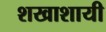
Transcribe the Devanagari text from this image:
शखाशायी